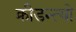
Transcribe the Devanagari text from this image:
क्रीडन्त्यो